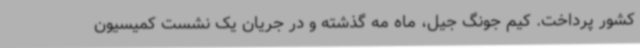
کشور پرداخت. کیم جونگ جیل، ماه مه گذشته و در جریان یک نشست کمیسیون